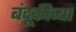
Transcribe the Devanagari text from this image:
बंदूकीच्या